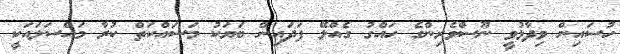
ހުސައިން ވިދާޅުވީ ނޫސްވެރިންގެ ހައްގު ގެއްލޭ ފަދައިން ބަޔަކު މަސައްކަތް ކުރާ މައްސަލައަކީ